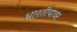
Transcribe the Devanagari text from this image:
भारतीयावर